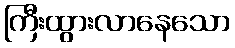
ကြီးထွားလာနေသော